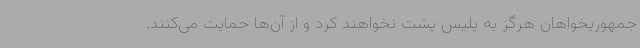
جمهوریخواهان هرگز به پلیس پشت نخواهند کرد و از آن‌ها حمایت می‌کنند.